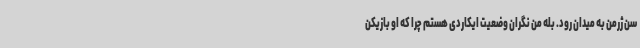
سن ژرمن به میدان رود. بله من نگران وضعیت ایکاردی هستم چرا که او بازیکن